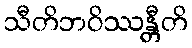
သီတိဘဝိဿန္တီတိ